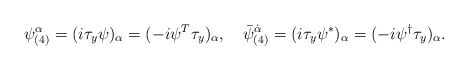
\begin{align*}\psi_{(4)}^{\alpha}=(i\tau_y\psi)_{\alpha}=(-i\psi^T\tau_y)_{\alpha},\quad{\bar\psi}_{(4)}^{\dot\alpha}=(i\tau_y\psi^*)_{\alpha}=(-i\psi^{\dagger}\tau_y)_{\alpha}.\end{align*}